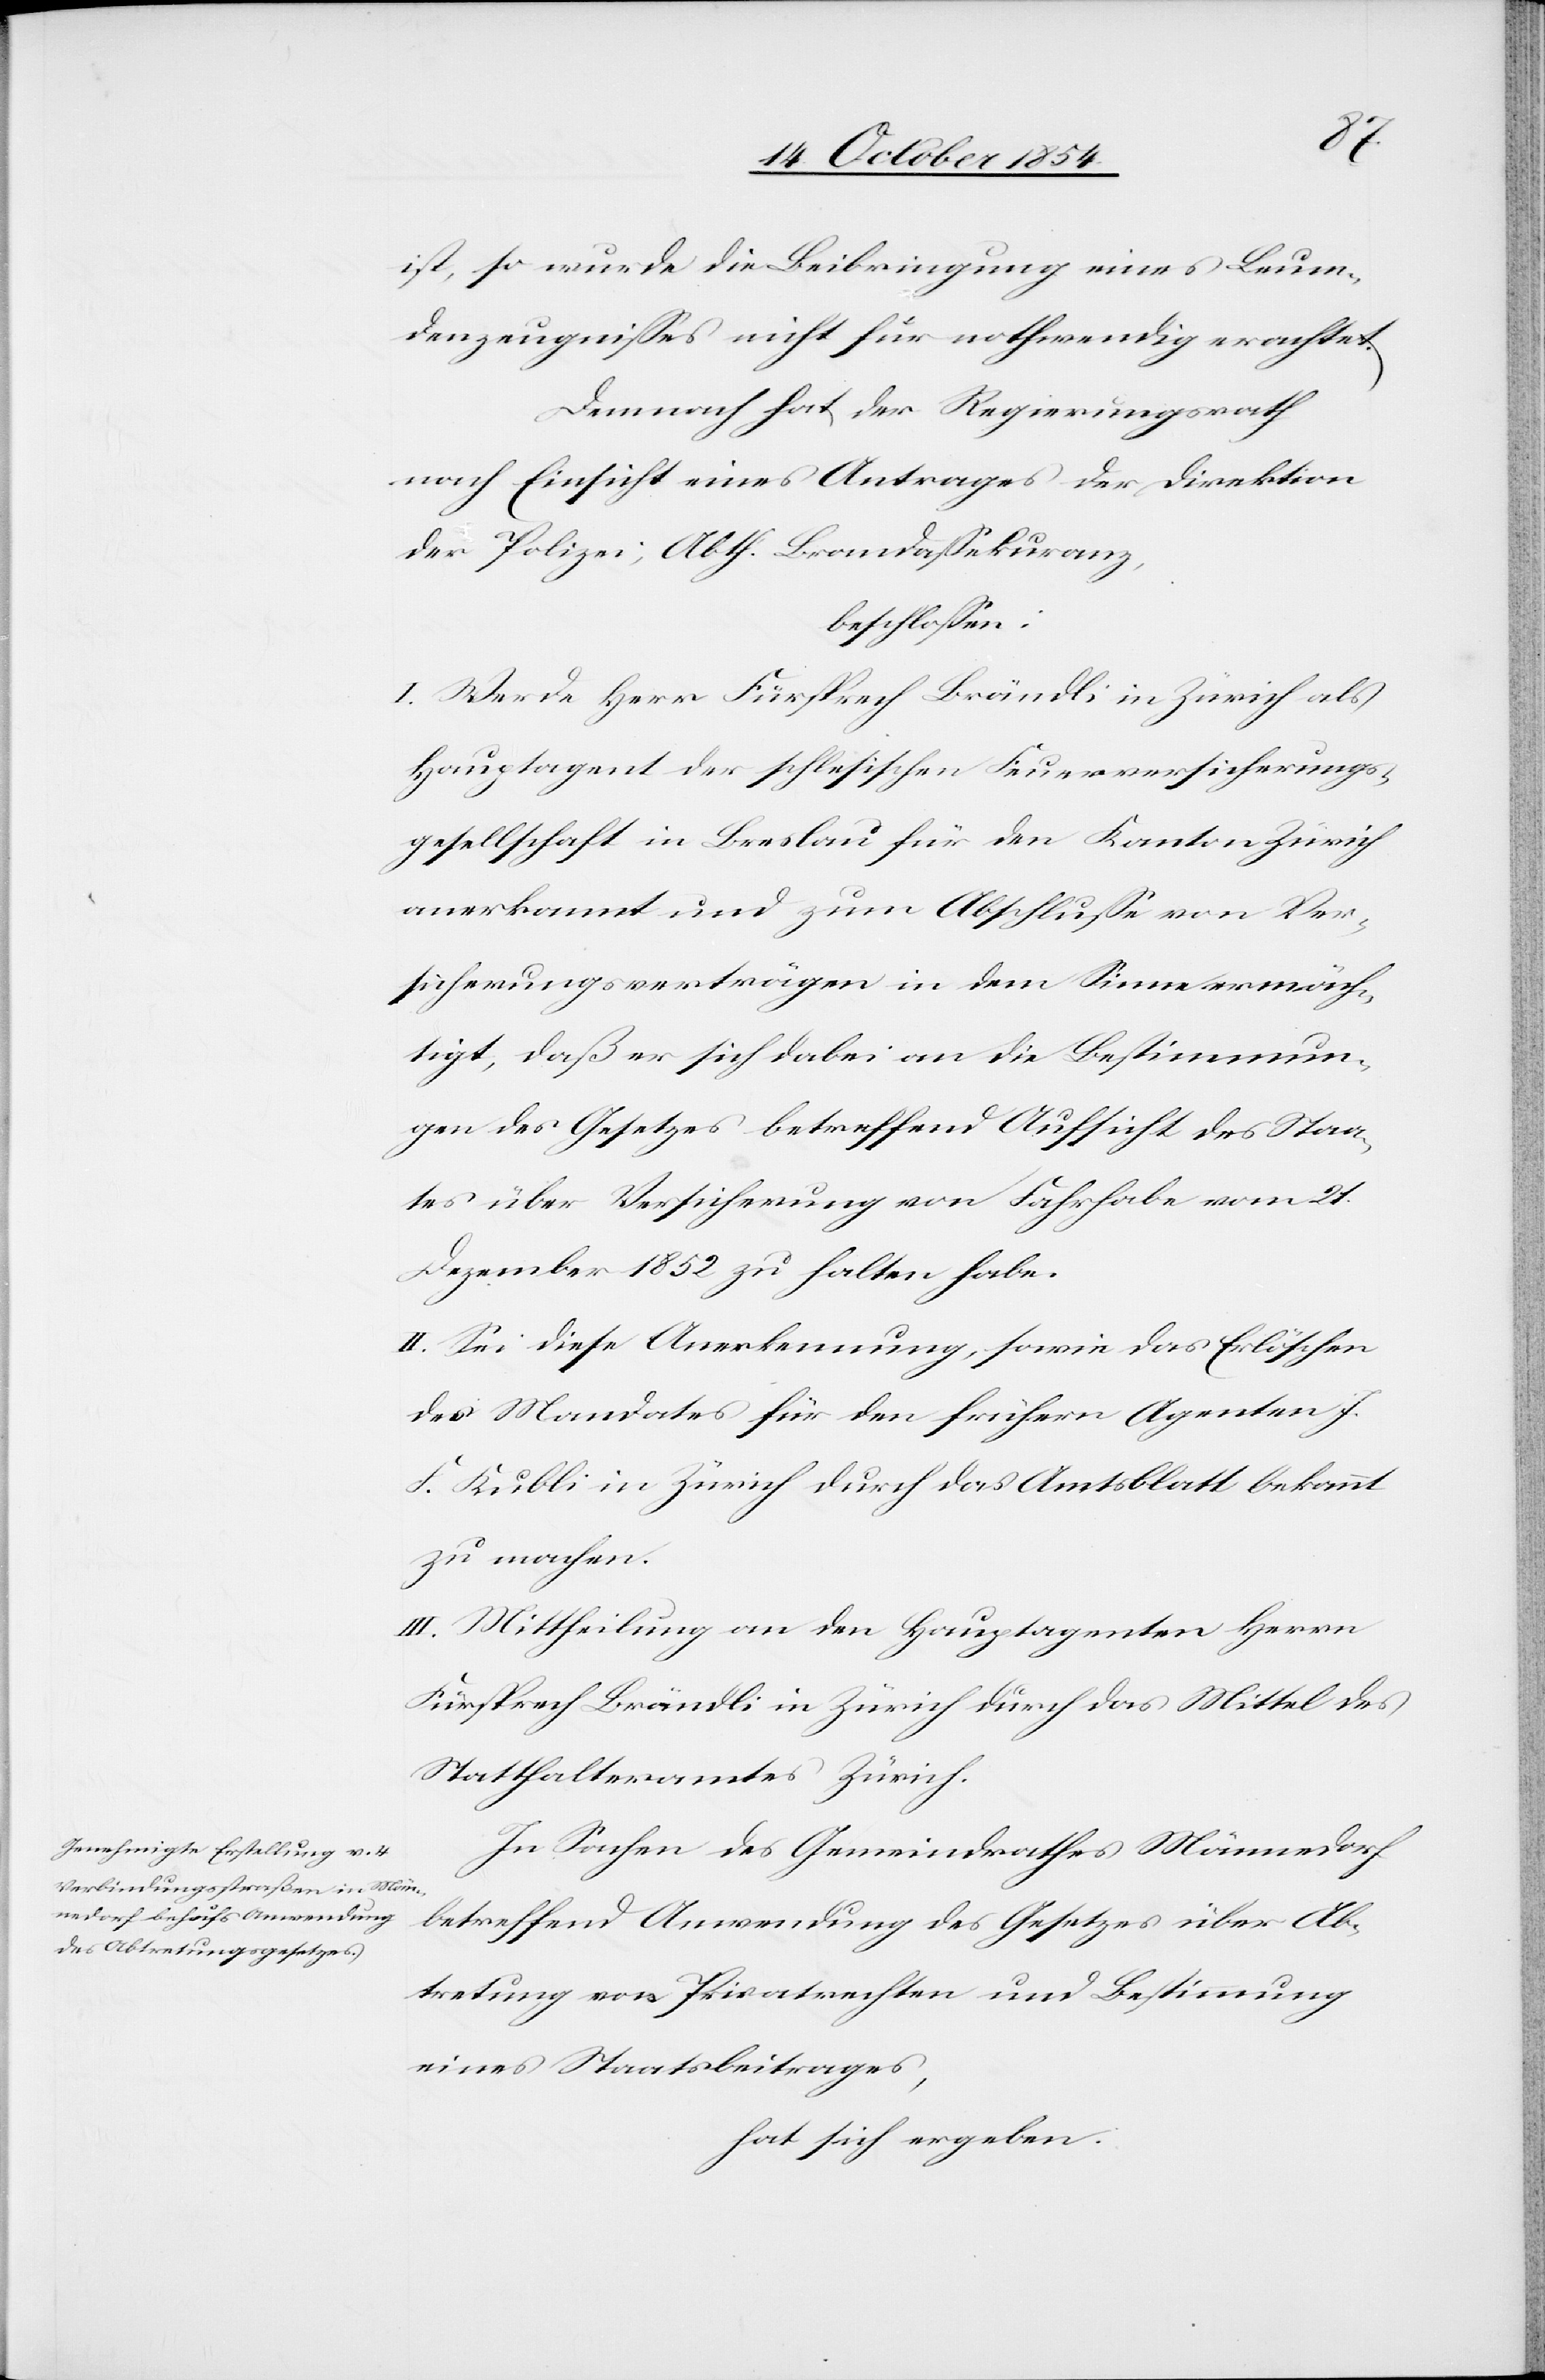
ist, so wurde die Beibringung eines Leum¬
denzeugnißes nicht für nothwendig erachtet.
Demnach hat der Regierungsrath
nach Einsicht eines Antrages der Direktion
der Polizei, Abth. Brandaßekuranz,
beschloßen:
I. Werde Herr Fürsprech Brändli in Zürich als
Hauptagent der schlesischen Feuerversicherungs¬
gesellschaft in Breslau für den Kanton Zürich
anerkannt und zum Abschluße von Ver¬
sicherungsverträgen in dem Sinne ermäch¬
tigt, daß er sich dabei an die Bestimmun¬
gen des Gesetzes betreffend Aufsicht des Staa¬
tes über Versicherung von Fahrhabe vom 21.
Dezember 1852 zu halten habe.
II. Sei diese Anerkennung, sowie da Erlöschen
des Mandates für den frühern Agenten J.
F. Kubli in Zürich durch das Amtsblatt bekannt
zu machen.
III. Mittheilung an den Hauptagenten Herrn
Fürsprech Brändli in Zürich durch das Mittel des
Statthalteramtes Zürich.
In Sachen des Gemeindrathes Männedorf
betreffend Anwendung des Gesetzes über Ab¬
tretung von Privatrechten und Bestimmung
eines Staatsbeitrages,
hat sich ergeben: